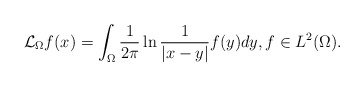
\begin{align*}\mathcal{L}_{\Omega}f(x)=\int_{\Omega}\frac{1}{2\pi}\ln\frac{1}{|x-y|}f(y)dy,f\in L^{2}(\Omega).\end{align*}